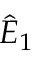
\hat { E } _ { 1 }